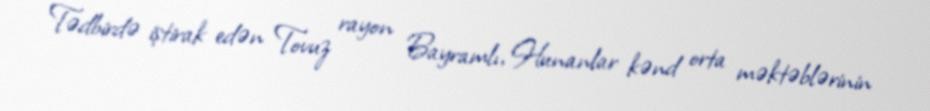
Tədbirdə iştirak edən Tovuz rayon Bayramlı, Hunanlar kənd orta məktəblərinin